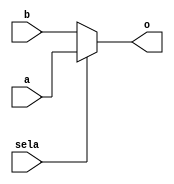
module atmux1 (a, b, sela, o);

input   a,
        b,
        sela;

output  o;

// K-micro mux instant

wire    o;
assign  o = sela ? a : b;

endmodule